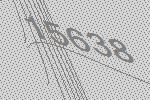
15638